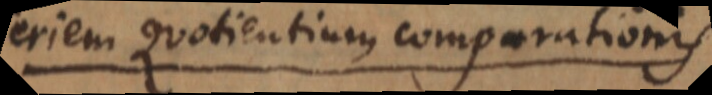
seriem quotientium comparationis.